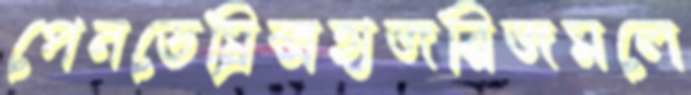
পেনডেম্রিক্সহাজরিজমলে